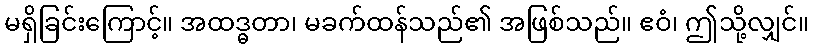
မရှိခြင်းကြောင့်။ အထဒ္ဓတာ၊ မခက်ထန်သည်၏ အဖြစ်သည်။ ဧဝံ၊ ဤသို့လျှင်။